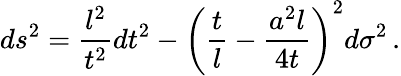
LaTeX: ds^{2}=\frac{l^{2}}{t^{2}}dt^{2}-\left(\frac tl-\frac{a^{2}l}{4t}\right)^{2}d\sigma^{2}\, .